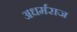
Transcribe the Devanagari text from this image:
अधर्मराज